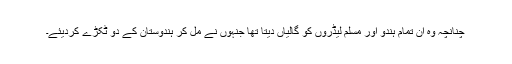
چُنانچہ وہ ان تمام ہندو اور مسلم لیڈروں کو گالیاں دیتا تھا جنہوں نے مل کر ہندوستان کے دو ٹکڑے کردیئے۔